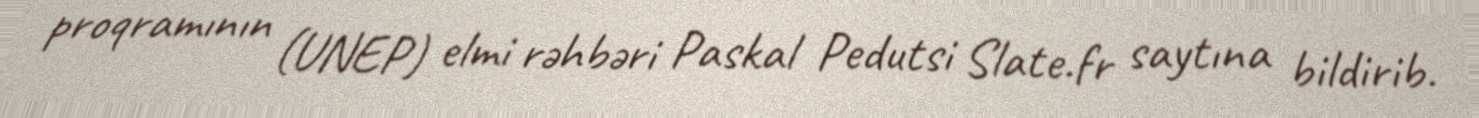
proqramının (UNEP) elmi rəhbəri Paskal Pedutsi Slate.fr saytına bildirib.